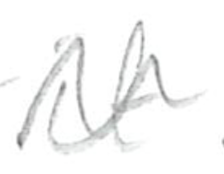
Text: it
Cross-out: mix
Writing tool: pencil